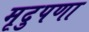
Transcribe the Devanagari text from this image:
मृदुपणा